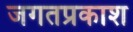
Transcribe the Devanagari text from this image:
जगतप्रकाश